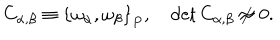
LaTeX: C _ { \alpha , \beta } \equiv \left\{ \omega _ { \alpha } , \omega _ { \beta } \right\} _ { P } , \quad \det C _ { \alpha , \beta } \not \approx 0 .